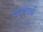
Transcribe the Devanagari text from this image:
यांचेतर्फे